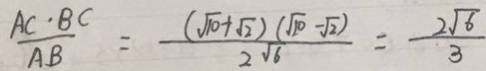
\frac { A C \cdot B C } { A B } = \frac { ( \sqrt { 1 0 } + \sqrt { 2 } ) ( \sqrt { 1 0 } - \sqrt { 2 } ) } { 2 \sqrt { 6 } } = \frac { 2 \sqrt { 6 } } { 3 }